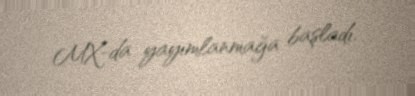
MX-da yayımlanmağa başladı.